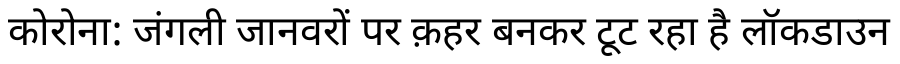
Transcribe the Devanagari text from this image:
कोरोना: जंगली जानवरों पर क़हर बनकर टूट रहा है लॉकडाउन